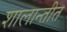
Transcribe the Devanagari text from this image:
शालान्तीत